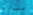
تتراوح